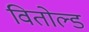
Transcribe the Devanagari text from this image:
वितोल्ड